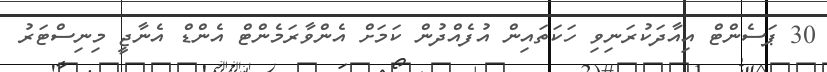
30 ޕަސެންޓް އިއާދަކުރަނިވި ހަކަތައިން އުފެއްދުން ކަމަށް އެންވާރަމެންޓް އެންޑް އެނާޖީ މިނިސްޓަރު